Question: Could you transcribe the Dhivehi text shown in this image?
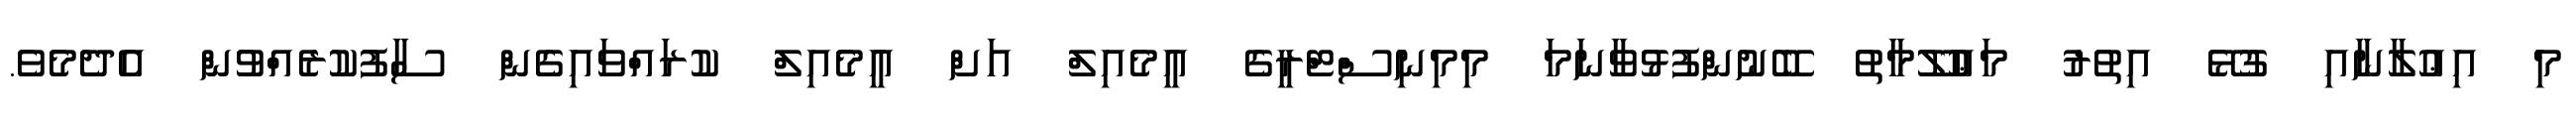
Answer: މި އިޢުލާނާއި ގުޅޭ އިތުރު މަޢުލޫމާތު ބޭނުންފުޅުވާނަމަ މިމިނިސްޓްރީގެ އީމެއިލް އަށް އީމެއިލް ކުރައްވައިގެން ސާފުކުރެއްވުން އެދެމެވެ.